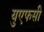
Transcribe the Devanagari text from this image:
युएफसी